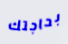
بحاجتك